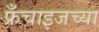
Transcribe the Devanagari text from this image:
फ्रँचाइजच्या